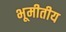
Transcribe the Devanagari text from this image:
भूमीतीय